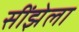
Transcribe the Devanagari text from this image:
सींझेला